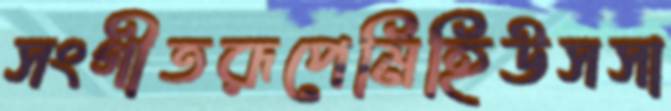
সংগীতরূপেমিহিউসসা